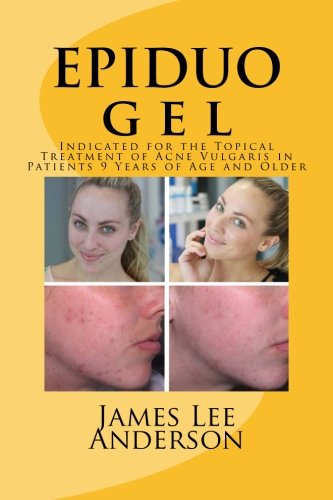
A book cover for EPIDUO Gel: Indicated for the Topical Treatment of Acne Vulgaris in Patients 9 Years of Age and Older; James Lee Anderson; Health, Fitness & Dieting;